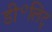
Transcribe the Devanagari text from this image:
डी॰लिट्